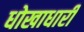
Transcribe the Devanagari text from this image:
धोखाधारी